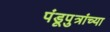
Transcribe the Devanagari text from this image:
पंडूपुत्रांच्या